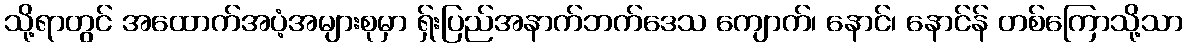
သို့ရာတွင် အထောက်အပံ့အများစုမှာ ရှ်းပြည်အနာက်ဘက်ဒေသ ကျောက်၊ နောင်၊ နောင်န် တစ်ကြောသို့သာ